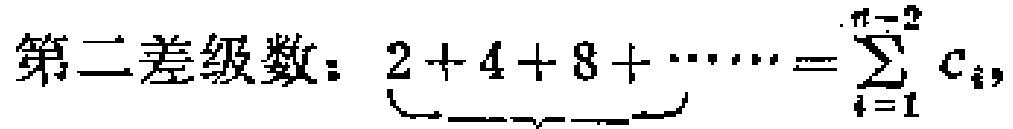
第二差级数：$\underbrace{2 + 4 + 8 + \cdots}=\sum_{i = 1}^{n - 2} c_{i},$